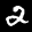
Label: 2